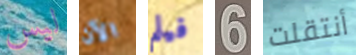
ليس الآن فيلم 6 أنتقلت